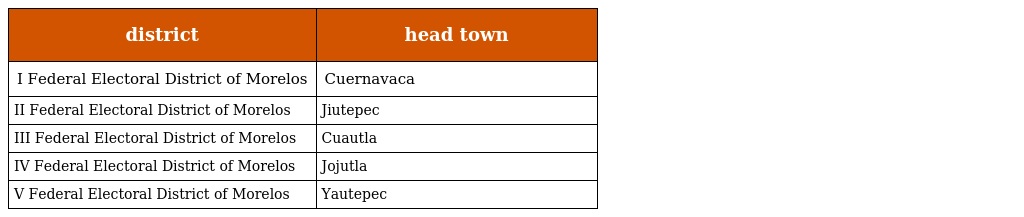
| district | head town |
 | --- | --- |
 | I Federal Electoral District of Morelos | Cuernavaca |
 | II Federal Electoral District of Morelos | Jiutepec |
 | III Federal Electoral District of Morelos | Cuautla |
 | IV Federal Electoral District of Morelos | Jojutla |
 | V Federal Electoral District of Morelos | Yautepec |